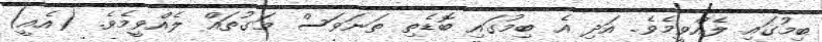
ބިމުގައި ލެއްވީމެވެ. އަދި އެ ބިމުގައި ބޮޑެތި ތަނަވަސް މަގުތައް ލެއްވީމެވެ. (އެއީ)